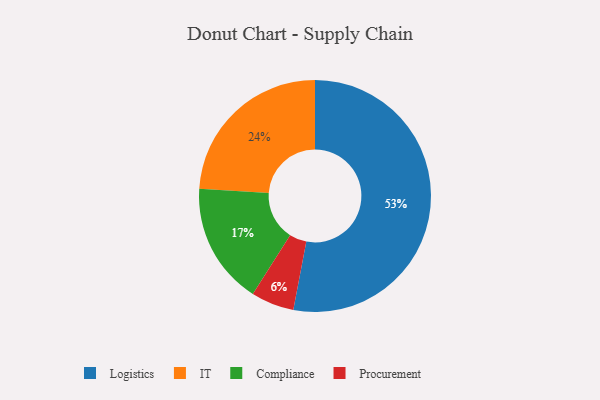
{"axis": {"x": "Category", "y": "Percentage"}, "legend": ["Compliance", "IT", "Logistics", "Procurement"], "data": [{"x": "IT", "y": 24, "type": "IT"}, {"x": "Procurement", "y": 6, "type": "Procurement"}, {"x": "Compliance", "y": 17, "type": "Compliance"}, {"x": "Logistics", "y": 53, "type": "Logistics"}]}